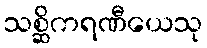
သစ္ဆိကရဏီယေသု